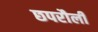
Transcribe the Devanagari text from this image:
छपरौली